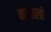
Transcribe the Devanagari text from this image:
कोदालों